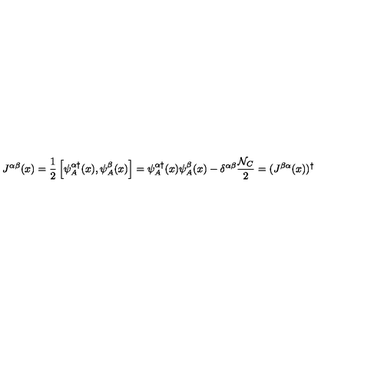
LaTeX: J ^ { \alpha \beta } ( x ) = { \frac { 1 } { 2 } } \left[ \psi _ { A } ^ { \alpha \dagger } ( x ) , \psi _ { A } ^ { \beta } ( x ) \right] = \psi _ { A } ^ { \alpha \dagger } ( x ) \psi _ { A } ^ { \beta } ( x ) - \delta ^ { \alpha \beta } { \frac { { \cal N } _ { C } } { 2 } } = ( J ^ { \beta \alpha } ( x ) ) ^ { \dagger }